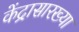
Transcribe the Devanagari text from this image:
केंद्रासारख्या